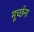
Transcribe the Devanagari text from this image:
मूर्च्छना